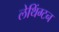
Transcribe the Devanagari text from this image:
लेथिंग्टन